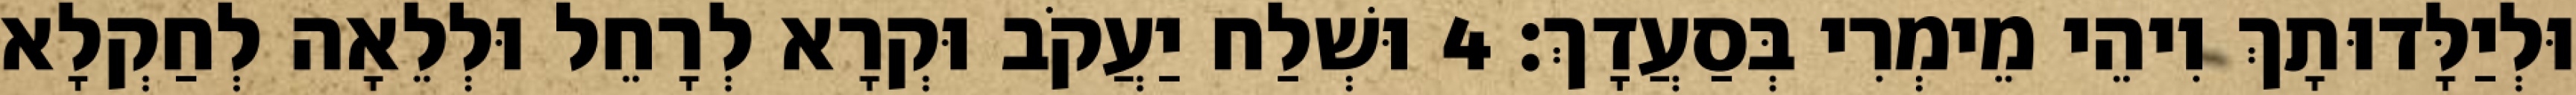
וּלְיַלָּדוּתָךְ וִיהֵי מֵימְרִי בְּסַעֲדָךְ׃ 4 וּשְׁלַח יַעֲקֹב וּקְרָא לְרָחֵל וּלְלֵאָה לְחַקְלָא